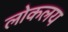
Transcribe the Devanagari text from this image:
लोकलय